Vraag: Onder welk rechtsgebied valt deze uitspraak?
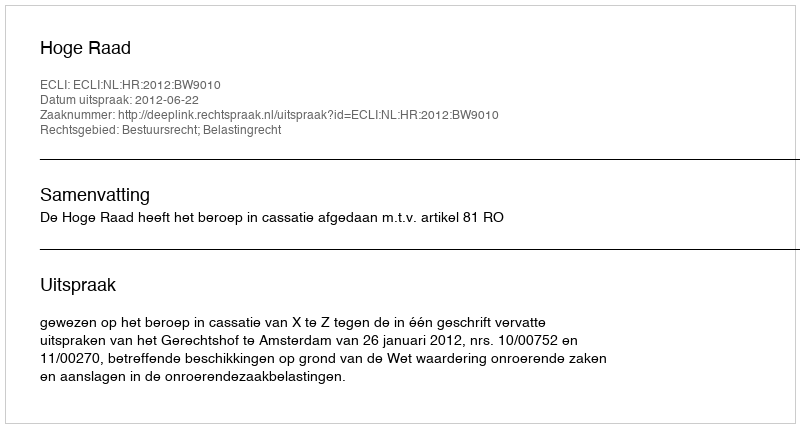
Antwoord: Bestuursrecht; Belastingrecht